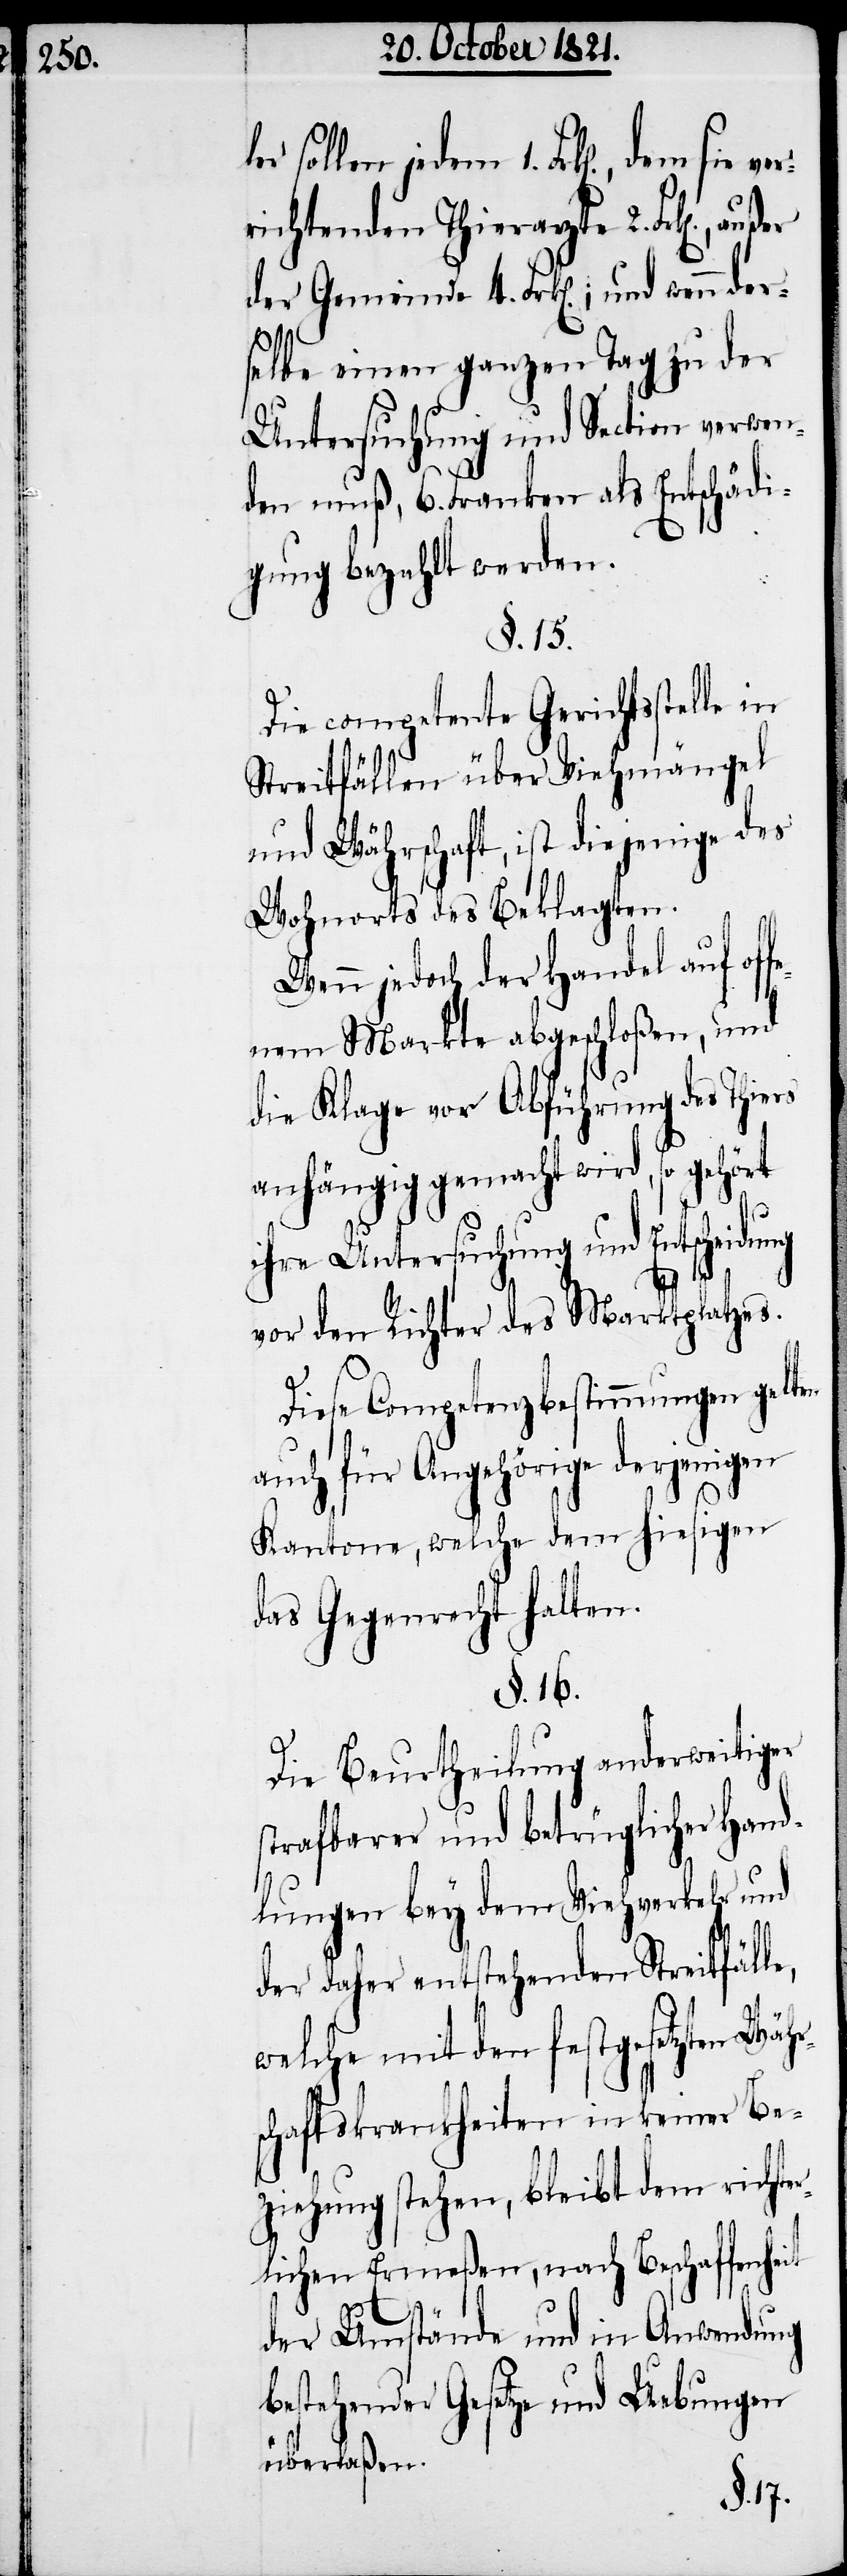
rs¬

ler sollen jedem 1. Frk[en]., dem
richtenden Thierarzte 2. Frk[en].,
der Gemeinde 4. Frk[en].; und wen¬
selbe einen ganzen Tag zu der
Untersuchung und Section verwen¬
den muß, 6. Franken als Entschädi¬
gung bezahlt werden.
§. 15.
Die competente Gerichtsstelle in
Streitfällen über Viehmängel
und Währschaft, ist diejenige des
Wohnorts des Beklagten.
Wenn jedoch der Handel auf off¬
enem Markte abgeschloßen, und
die Klage vor Abführung des Thiers
anhängig gemacht wird, so gehört
ihre Untersuchung und Entscheidung
vor den Richter des Marktplatzes.
Diese Competenzbestimmungen gelten
auch für Angehörige derjenigen
Kantone, welche dem hiesigen
das Gegenrecht halten.
§. 16.
Die Beurtheilung anderweitiger
strafbarer und betrüglicher Hand¬
lungen bey dem Viehverkehr und
der daher entstehenden Streitfäl¬
welche mit den festgesetzten Wäh¬
chaftskrankheiten in keiner Be¬
ziehung stehen, bleibt dem richte¬
rlichen Ermeßen, nach Beschaffenheit
der Umstände und in Anwendung
bestehender Gesetze und Uebungen
überlaßen.